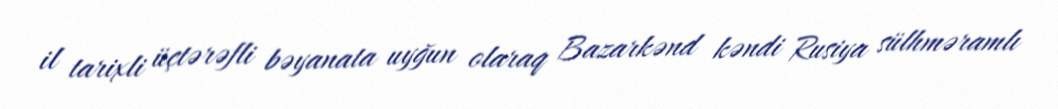
il tarixli üçtərəfli bəyanata uyğun olaraq Bazarkənd kəndi Rusiya sülhməramlı